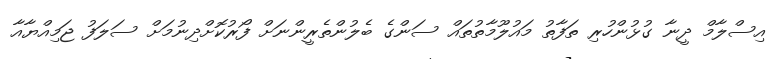
އިސްލާމް ދީނާ ގުޅުންހުރި ތަފާތު މައުލޫމާތުތައް ސަންގެ ބެލުންތެރީންނަށް ފޯރުކޮށްދިނުމަށް ސަލަފު ޖަމިއްޔާއާ